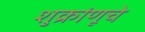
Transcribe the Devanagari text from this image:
शुक्रांणूचे